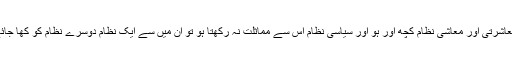
اگر معاشرتی اور معاشی نظام کچھ اور ہو اور سیاسی نظام اس سے مماثلت نہ رکھتا ہو تو ان میں سے ایک نظام دوسرے نظام کو کھا جائے گا۔